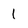
Character: 1